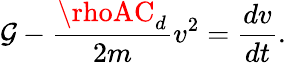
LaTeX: \mathcal{G}-{\frac{{\rhoAC_{d}}}{{2m}}}v^{2}={\frac{{dv}}{{dt}}}.